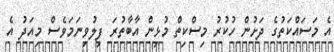
އެ މަސައްކަތުގެ ދަށުން ހުކުރު މިސްކިތް މުޅިން އާބާތުރަ ފިލުވިނަމަވެސް މިއަދު އެ